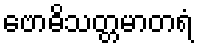
ဗောဓိသတ္တမာတရံ